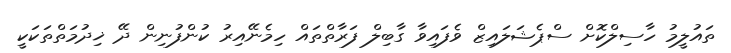
ތައުލީމު ހާސިލްކޮށް ސްޕެޝަލައިޒް ވެފައިވާ ގާބިލް ފަރާތްތައް ހިމެނޭއިރު ކުންފުނިން ދޭ ޚިދުމަތްތަކަކީ